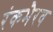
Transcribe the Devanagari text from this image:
रंकभैरव